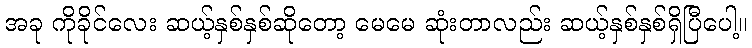
အခု ကိုခိုင်လေး ဆယ့်နှစ်နှစ်ဆိုတော့ မေမေ ဆုံးတာလည်း ဆယ့်နှစ်နှစ်ရှိပြီပေါ့။